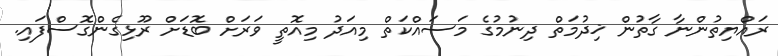
ރައްޔިތުންނާ ގާތުން ޚިދުމަތް ދިނުމުގެ މަސައްކަތް މިއަދު މިއޮތީ ވަރަށް ބޮޑަށް ރޫޅިގެންގޮސްފައި.